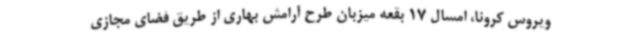
ویروس کرونا، امسال 17 بقعه میزبان طرح آرامش بهاری از طریق فضای مجازی